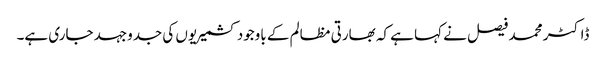
ڈاکٹر محمد فیصل نے کہا ہے کہ بھارتی مظالم کے باوجود کشمیریوں کی جدوجہد جاری ہے۔